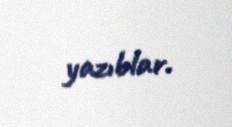
yazıblar.